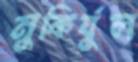
মুকির্যুল